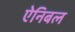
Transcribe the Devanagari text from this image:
ऐनिबल